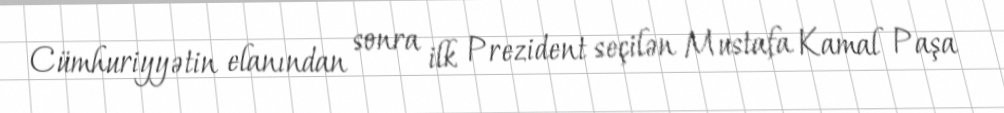
Cümhuriyyətin elanından sonra ilk Prezident seçilən Mustafa Kamal Paşa